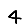
Digit: 4